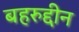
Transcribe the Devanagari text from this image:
बहरुद्दीन